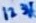
Text: 123V